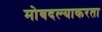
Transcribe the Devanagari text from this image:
मोबदल्याकरता